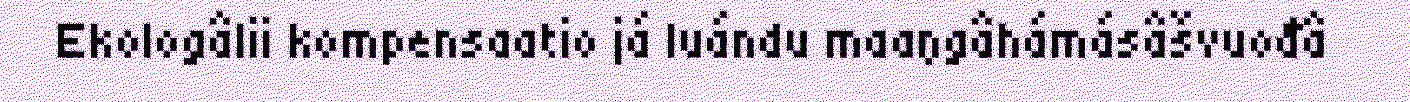
Ekologâlii kompensaatio já luándu maaŋgâhámásâšvuođâ